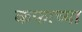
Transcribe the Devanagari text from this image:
कफाच्या